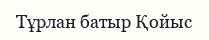
Тұрлан батыр Қойыс